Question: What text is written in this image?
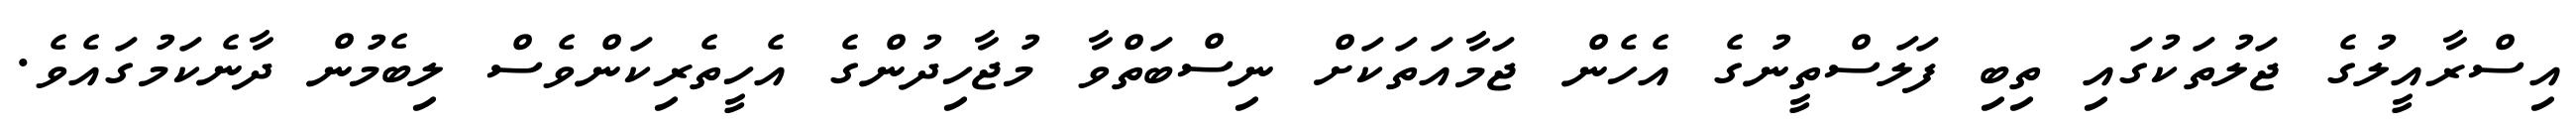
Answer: އިސްރާއީލުގެ ޖަލުތަކުގައި ތިބި ފަލަސްތީނުގެ އެހެން ޖަމާއަތަކަށް ނިސްބަތްވާ މުޖާހިދުންގެ އެހީތެރިކަންވެސް ލިބެމުން ދާނެކަމުގައެވެ.